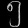
Digit: ၅